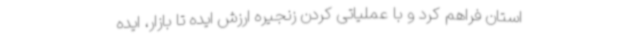
استان فراهم کرد و با عملیاتی کردن زنجیره ارزش ایده تا بازار، ایده